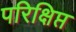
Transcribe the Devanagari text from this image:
परिक्षिप्त